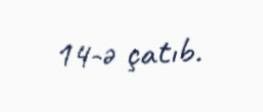
14-ə çatıb.